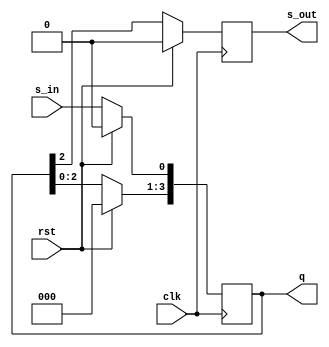
`timescale 1ns / 1ps

module serial_in_serial_out(
    input clk,
    input rst,
    output reg [3:0] q,
    input s_in,
    output reg s_out
    );
    

    always @ (posedge clk)
    begin
    if(rst)
    begin
    q=4'b0000;
    s_out=1'b0;
    end
    else
    begin
        q=q<<1;
        q[0]=s_in; 
        s_out = q[3];             
    end
  end
         
endmodule